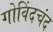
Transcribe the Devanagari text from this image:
गोविंदचंद